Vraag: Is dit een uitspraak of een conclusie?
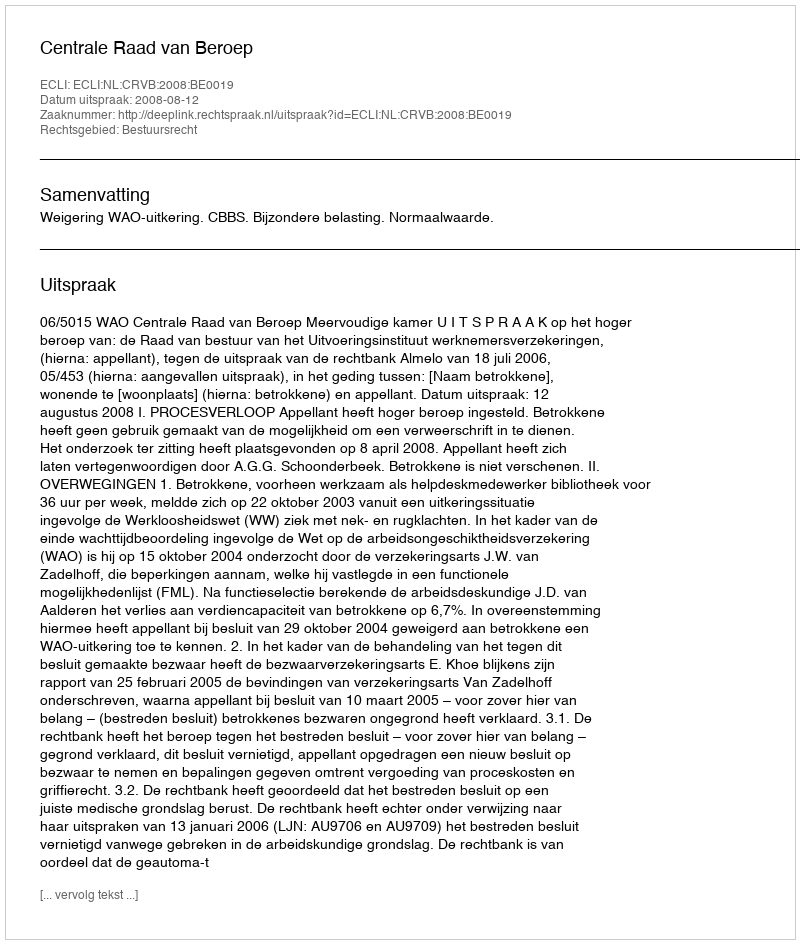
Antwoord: Uitspraak